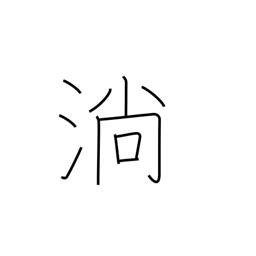
Meaning: flow